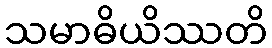
သမာဓိယိဿတိ